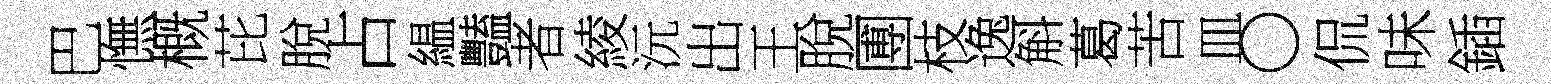
巴憮概芘脫占緼豔者綾沅出王脫圑枝逸斛葛苦皿〇侃味鍤